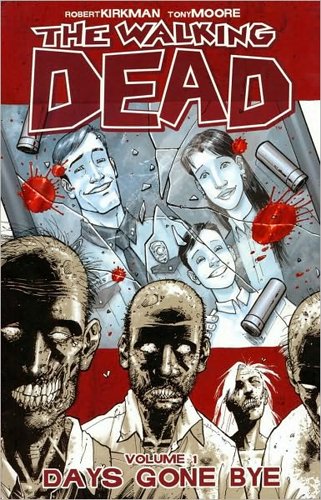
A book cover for The Walking Dead, Vol. 1: Days Gone Bye; Robert Kirkman; Comics & Graphic Novels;